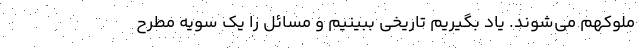
ملوکهم می‌شوند. یاد بگیریم تاریخی ببینیم و مسائل را یک سویه مطرح